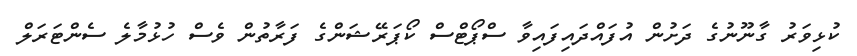
ކުޅިވަރު ގާނޫނުގެ ދަށުން އުފައްދައިފައިވާ ސްޕޯޓްސް ކޯޕަރޭޝަންގެ ފަރާތުން ވެސް ހުޅުމާލެ ސެންޓަރަލް